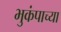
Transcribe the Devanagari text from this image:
भुकंपाच्या